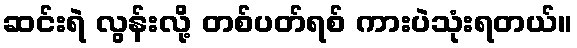
ဆင်းရဲ လွန်းလို့ တစ်ပတ်ရစ် ကားပဲသုံးရတယ်။